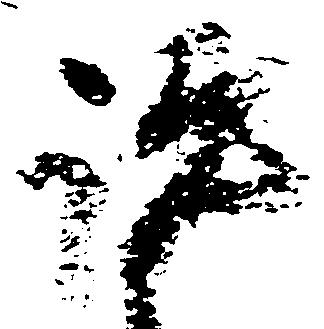
評